Leaving Certificate, 1937
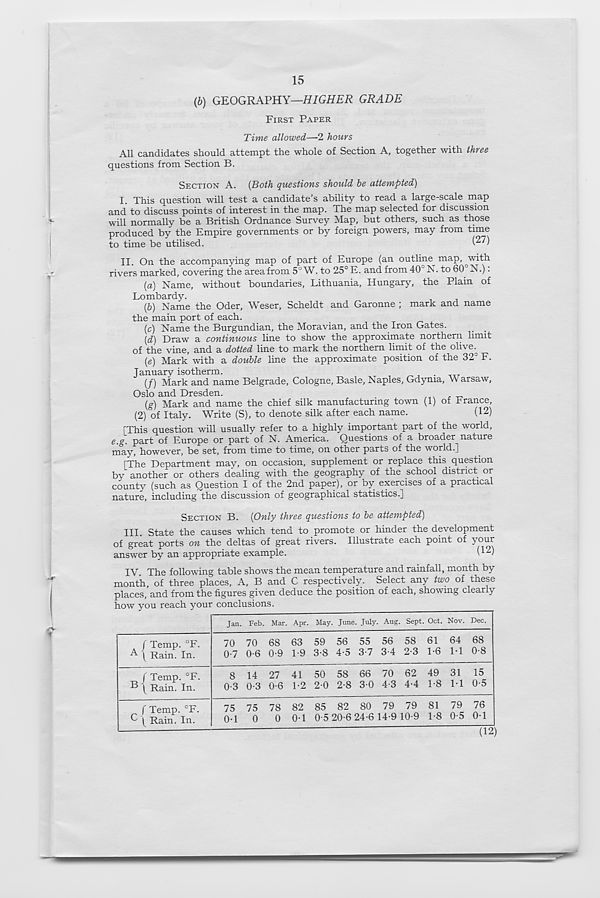
15
{b) GEOGRAPHY—HIGHER GRADE
FIRST PAPER
Time allowed—2 hours
All candidates should attempt the whole of Section A, together with three
questions from Section B.
SECTION A. [Both questions should be attempted)
I. This question will test a candidate’s ability to read a large-scale map
and to discuss points of interest in the map. The map selected for discussion
will normally be a British Ordnance Survey Map, but others, such as those
produced by the Empire governments or by foreign powers, may from time
to time be utilised.
( 27 )
II. On the accompanying map of part of Europe (an outline map, with
rivers marked, covering the area from 5° W. to 25° E. and from 40 3 N. to 60° N.):
[a) Name, without boundaries, Lithuania, Hungary, the Plain of
Lombardy.
(&) Name the Oder, Weser, Scheldt and Garonne ; mark and name
the main port of each.
(c) Name the Burgundian, the Moravian, and the Iron Gates.
(d) Draw a continuous line to show the approximate northern limit
of the vine, and a dotted line to mark the northern limit of the olive^
(e) Mark with a double line the approximate position of the 32° F.
January isotherm.
(/) Mark and name Belgrade, Cologne, Basle, Naples, Gdynia, Warsaw,
Oslo and Dresden.
(g) Mark and name the chief silk manufacturing town (1) of Trance,
(2) of Italy. Write (S), to denote silk after each name.
(12)
[This question will usually refer to a highly important part of the world,
e.g. part of Europe or part of N. America. Questions of a broader nature
may, however, be set, from time to time, on other parts of the world.]
[The Department may, on occasion, supplement or replace this question
by another or others dealing with the geography of the school district or
county (such as Question I of the 2nd paper), or by exercises of a practical
nature, including the discussion of geographical statistics.]
SECTION B.
[Only three questions to be attempted)
III.
State the causes which tend to p
i-i
t "1/
r
— -
Til,,
4-
O /-ir"! T~\ 1 TO I
T TTdn T*
of great ports on the deltas of great rivers,
answer by an appropriate example.
Illustrate each point of your
(12)
IV.
The following table shows the mean
month, of three places, A, B and C respectively. Select any two of these
places, and from the figures given deduce the position of each, showing clearly
how you reach your conclusions.
/ Temp. °F.
A | Rain. In.
f Temp. °F.
I Rain. In.
( Temp. °F.
C J Rain. In.
Jan. Feb. Mar. Apr. May. June. July. Aug. Sept. Oct. Nov. Dec.
70 70 68 63 59 56 55 56 58 61 64 68
0-7 0-6 0-9 1-9 3-8 4-5 3-7 3-4 2-3 1-6 M 0-8
8 14 27 41 50 58 66 70 62 49 31 15
0-3 0-3 0-6 1-2 2-0 2-8 3 0 4-3 4-4 1-8 M 0-5
75 75 78 82 85 82 80 79 79 81 79 76
0-1
0
0 0-1 0-5 20-6 24-6 14-910-9 1-8 0-5 0-1
(12)
*